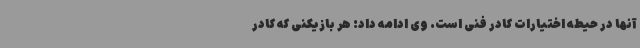
آنها در حیطه اختیارات کادر فنی است. وی ادامه داد: هر بازیکنی که کادر